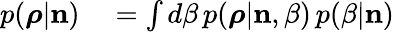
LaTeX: \begin{array}{rl}{p(\boldsymbol{\rho}|{\mathbf n})}&{{}=\int d\beta\, p(\boldsymbol{\rho}|{\mathbf n},\beta)\, p(\beta|{\mathbf n})}\end{array}